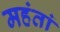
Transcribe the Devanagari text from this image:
महंतां